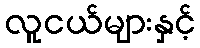
လူငယ်များနှင့်